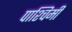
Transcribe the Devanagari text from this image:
पाश्चिमी